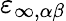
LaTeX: \varepsilon_{\infty,\alpha\beta}